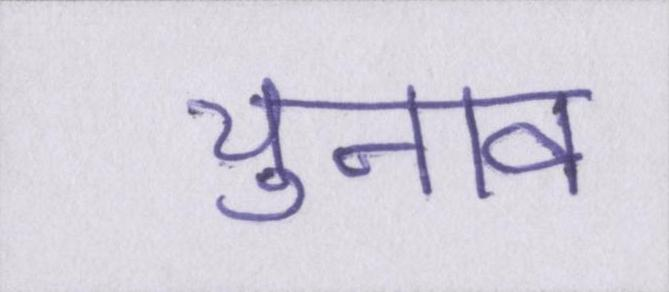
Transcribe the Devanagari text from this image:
चुनाव